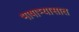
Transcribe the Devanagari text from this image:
भाषाभ्यासात